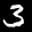
Label: 3